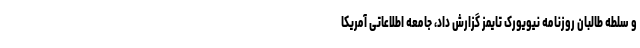
و سلطه طالبان روزنامه نیویورک تایمز گزارش داد، جامعه اطلاعاتی آمریکا